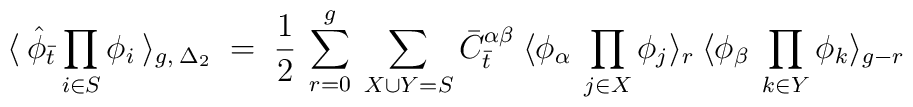
\langle \: {\hat \phi}_{\bar t} \prod_{i \in S} \phi_i \:\rangle_{g, \: {\Delta_{2}}} \; = \; \frac{1}{2} \:\sum_{r=0}^{g} \:\sum_{X \cup Y = S}{\bar C}_{\bar t}^{\alpha \beta} \: \langle \phi_{\alpha}\: \prod_{j \in X} \phi_j \rangle_{r} \:\langle \phi_{\beta} \: \prod_{k \in Y}\phi_k \rangle_{g-r} \\